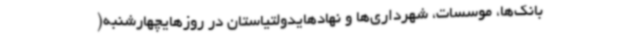
بانک‌ها، موسسات، شهرداری‌ها و نهادهایدولتیاستان در روزهایچهارشنبه(